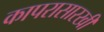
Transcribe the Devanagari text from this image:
कापरासारखी